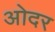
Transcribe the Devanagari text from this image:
ओदर